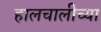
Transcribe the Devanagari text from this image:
हालचालीच्या